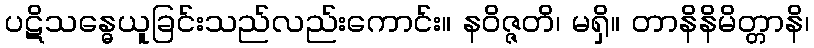
ပဋိသန္ဓေယူခြင်းသည်လည်းကောင်း။ နဝိဇ္ဇတိ၊ မရှိ။ တာနိနိမိတ္တာနိ၊